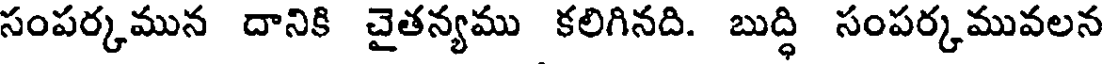
సంపర్కమున దానికి చైతన్యము కలిగినది. బుద్ధి సంపర్కమువలన